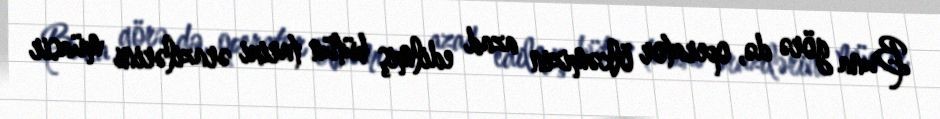
Buna görə də, operator ölkəmizin azad edilmiş bütün tarixi ərazilərini müasir